Trukikaitis_Postimees, lk 223
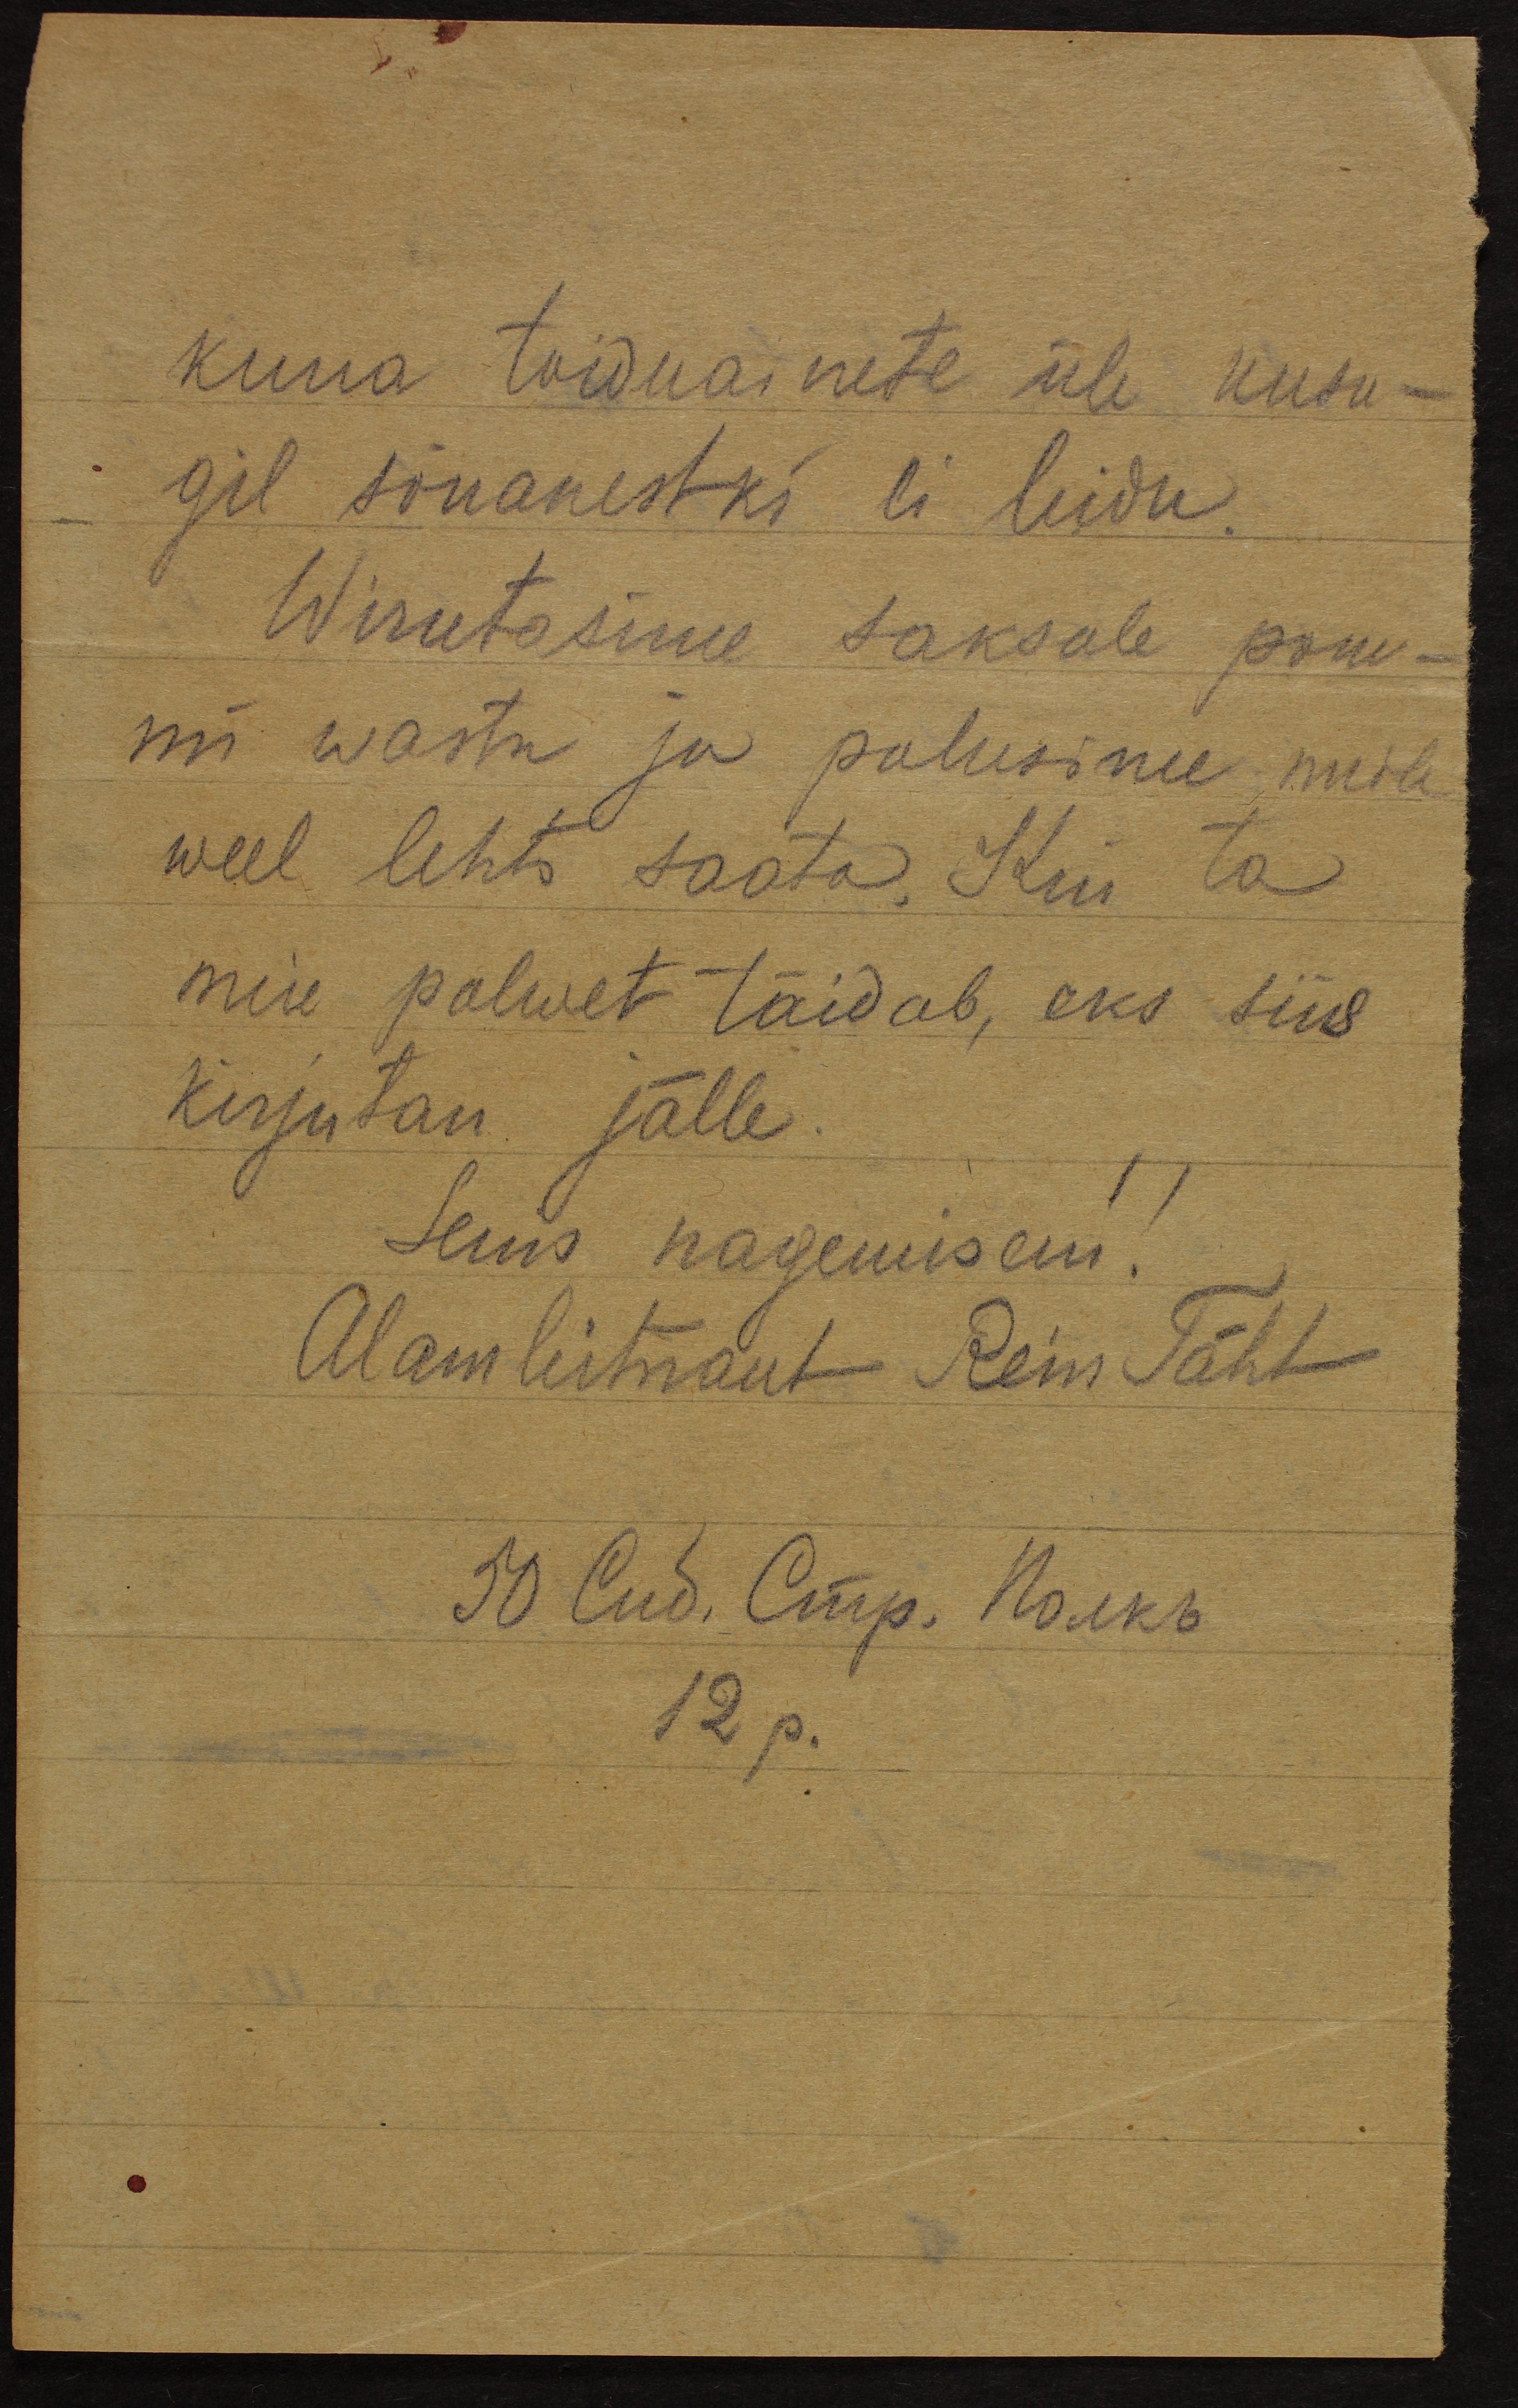
kuna toiduainete üle kusa-
gil sõnakestki ei leidu.
Wirutasime saksale pom-
mi wastu ja palusime neile
weel lehti saata. Kui ta
meie palwet täidab, eks siis
kirjutan jälle.
Seniks nägemiseni!
Alamleitnant Rein Täht
50 Cud. Õmp. No eks
12p.